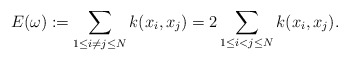
\begin{align*}E(\omega):=\sum_{1\leq i\neq j\leq N}k(x_{i},x_{j})=2\sum_{1\leq i<j\leq N} k(x_{i},x_{j}).\end{align*}